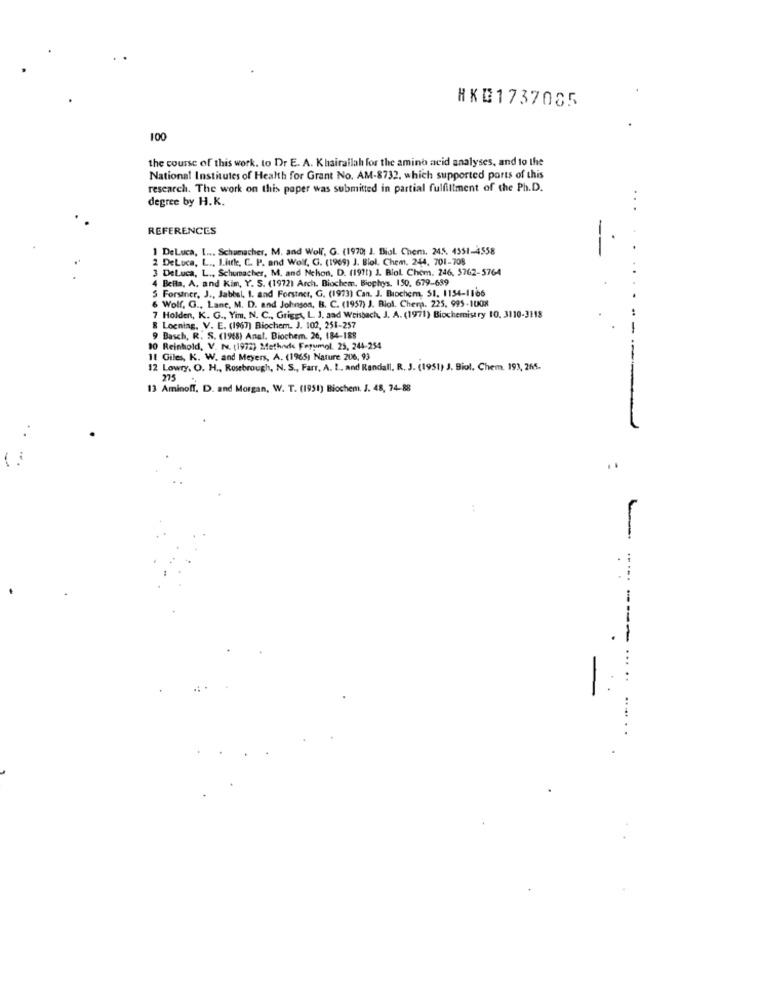
HKE1737085
100
the course of this work. to Dr E. A. Khairallah for the amino acid analyses, and to the
National Institutes of Health for Grant No. AM-8732, which supported ports of this
research. The work on this paper was submitted in partial fulfillment of the Ph.D.
degree by H.K.
REFERENCES
1 DeLuca, I ... Schumacher, M. and Wolf, G. (19701 J. Biol Chem. 245. 4351-4558
2 DeLuca, L ., Like, C. P. and Wolf, G. (1969) J. Biol. Chem, 244, 701-708
3 DeLuca, L ., Schumacher, M, and Nelson, D. (1991) J. Biol. Chem. 246. 5762-5764
4 Bella, A. and Kim, Y. S. (19721 Arch. Biochem. Biophys, 150. 679-689
5 Forstner, J ., Jabbel, 1. and Forstner, G. (1973) Can. J. Biochem, 51. 1154-1166
6 Wolf, G ., Lane, M. D. and Johnson, B. C. (1957) J. Biol. Cherp. 225, 995-1008
7 Holden, K. G ., Yim. N. C ., Griggs, L. J. aad Weisbach, J. A. (1971) Biochemistry 10, 3110-3118
8 Loening. V. E. (1967) Biochem. J. 102, 251-257
9 Basch, R. S. (1968) Anel. Biochem. 26, 184-188
10 Reinhold, V. N. (1972) Method Forumol. 25, 244-254
11 Giles, K. W. and Meyers, A. (1965) Nature 206, 93
12 Lowry, O. H ., Rosebrough, N. S ., Farr, A. L ., and Randall. R. J. (1951) J. Biol. Chem. 193, 265.
275
13 Aminoff. D. and Morgan, W. T. (1951) Biochem. J. 48, 74-88
-